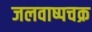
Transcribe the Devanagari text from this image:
जलवाष्पचक्र